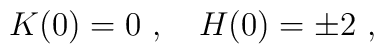
K(0)=0 \ , \quad H(0)=\pm 2\ ,